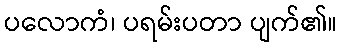
ပလောကံ၊ ပရမ်းပတာ ပျက်၏။